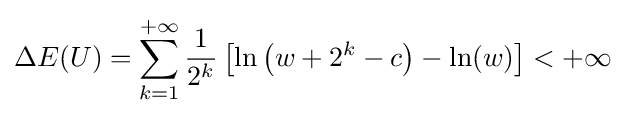
\Delta E(U)=\sum _{k=1}^{+\infty }{\frac {1}{2^{k}}}\left[\ln \left(w+2^{k}-c\right)-\ln(w)\right]<+\infty